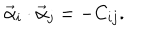
LaTeX: \vec { \alpha } _ { i } \cdot \vec { \alpha } _ { j } = - C _ { i j } .